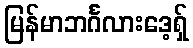
မြန်မာဘင်္ဂလားဒေ့ရှ်